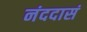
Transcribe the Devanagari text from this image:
नंददासं